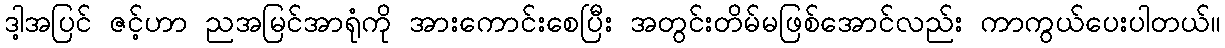
ဒါ့အပြင် ဇင့်ဟာ ညအမြင်အာရုံကို အားကောင်းစေပြီး အတွင်းတိမ်မဖြစ်အောင်လည်း ကာကွယ်ပေးပါတယ်။